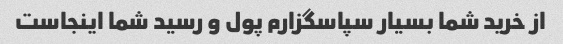
از خرید شما بسیار سپاسگزارم پول و رسید شما اینجاست